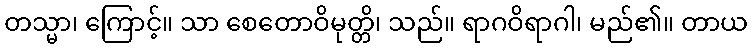
တသ္မာ၊ ကြောင့်။ သာ စေတောဝိမုတ္တိ၊ သည်။ ရာဂဝိရာဂါ၊ မည်၏။ တာယ